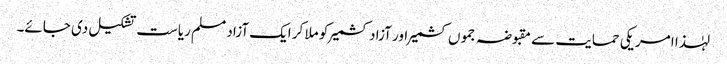
لہٰذا امریکی حمایت سے مقبوضہ جموں کشمیر اور آزاد کشمیر کو ملا کر ایک آزاد مسلم ریاست تشکیل دی جائے۔